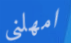
امهلني